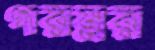
গরম্নর